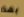
بهذا